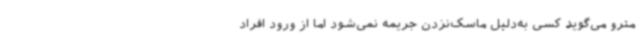
مترو می‌گوید کسی به‌دلیل ماسک‌نزدن جریمه نمی‌شود اما از ورود افراد